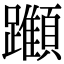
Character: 𨇪